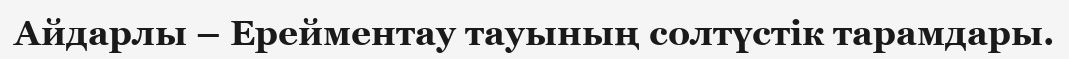
Айдарлы – Ерейментау тауының солтүстік тарамдары.